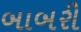
બાબરી